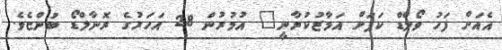
އެއަށް ފަހު ވޯލްޑް ކަޕަށް އަމާޒުކުރާނީ" އުމުރުން 28 އަހަރުގެ ރޮނާލްޑޯ ބުންޏެވެ.